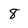
Character: 8